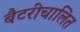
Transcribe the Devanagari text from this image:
बैटरीचालित